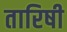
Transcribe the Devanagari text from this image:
तारिषी